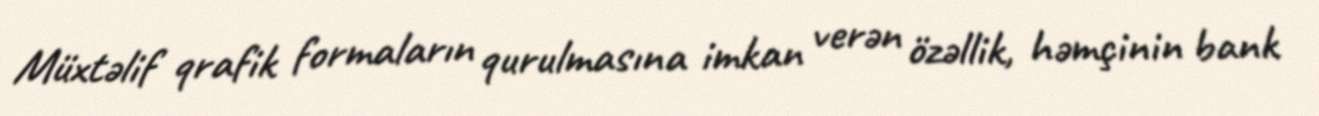
Müxtəlif qrafik formaların qurulmasına imkan verən özəllik, həmçinin bank